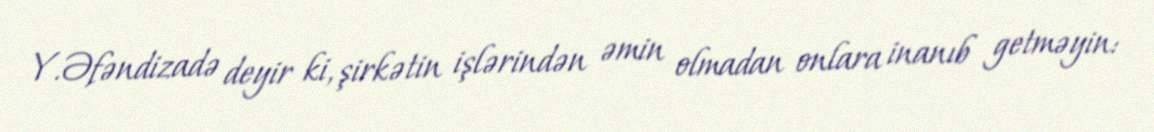
Y.Əfəndizadə deyir ki, şirkətin işlərindən əmin olmadan onlara inanıb getməyin: